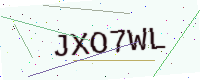
Text: JXO7WL